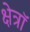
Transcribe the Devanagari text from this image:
क्षेत्रॉ